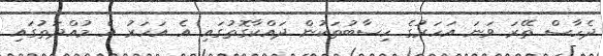
ދެހާސް ތޭރަ ވަނަ އަހަރުގެ ހިސާބުތަކުން ދައްކާގޮތުގައި އެ އަހަރު އެ މުއްދަތުގައި